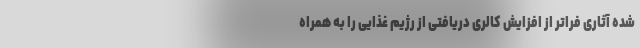
شده آثاری فراتر از افزایش کالری دریافتی از رژیم غذایی را به همراه